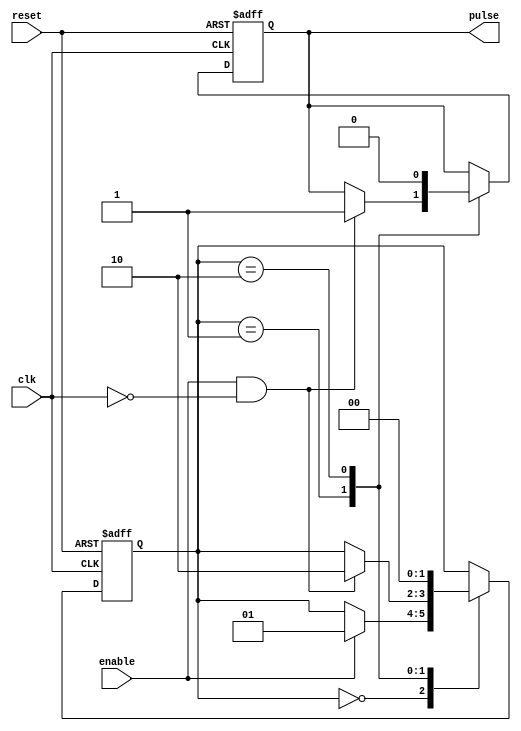
module FallingEdgePulseGenerator (
  input wire clk,
  input wire reset,
  input wire enable,
  output reg pulse
);

reg [1:0] state;

always @(posedge clk or posedge reset) begin
  if (reset) begin
    state <= 2'b00;
    pulse <= 1'b0;
  end else begin
    case (state)
      2'b00: begin // Idle state
        if (enable) begin
          state <= 2'b01; // Transition to Timing control block
        end
      end
      2'b01: begin // Timing control block
        if (enable && ~clk) begin
          pulse <= 1'b1; // Generate pulse on falling edge of clock signal
          state <= 2'b10; // Transition to Synchronization block
        end
      end
      2'b10: begin // Synchronization block
        // Synchronize the generated pulse with other signals in the design by aligning it to a specific clock cycle
        // Add synchronization logic here, if needed
        state <= 2'b00; // Return to Idle state
        pulse <= 1'b0; // Reset pulse
      end
    endcase
  end
end

endmodule